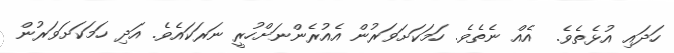
ހަދައި އުޅެތެވެ.  އެއް ނެތެވެ. ހަމަކަށަވަރުން އެއުރެންނަށްހުރީ ނަރަކައެވެ. އަދި ހަމަކަށަވަރުން